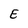
Character: E